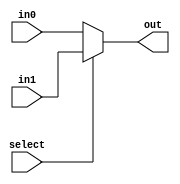
/*
 Written By: Benjamin Zaporzan
 
 Muxer for 2 to 1 bytes with select
 in0 - [7:0] first input
 in1 - [7:0] second input
 select - selects between in0 (0) or in1 (1)
 out - [7:0] output
 */
`ifndef MUX__V
`define MUX__V


module mux2_1byte(in0,in1,out,select);
   //inputs
   input [0:7] in0;
   input [0:7] in1;
   input       select;

   //outputs
   output [0:7] out;


   //begin
   assign out = (select) ? in1 : in0;
   
endmodule // mux2_1byte


`endif //MUX__V